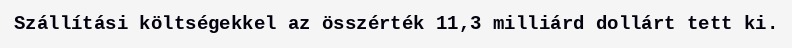
Szállítási költségekkel az összérték 11,3 milliárd dollárt tett ki.